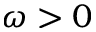
\omega > 0